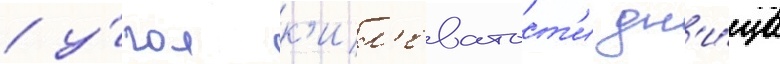
/ у́гол к'ил'еватост'и дн'и́ща